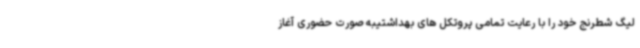
لیگ شطرنج خود را با رعایت تمامی پروتکل های بهداشتیبه صورت حضوری آغاز